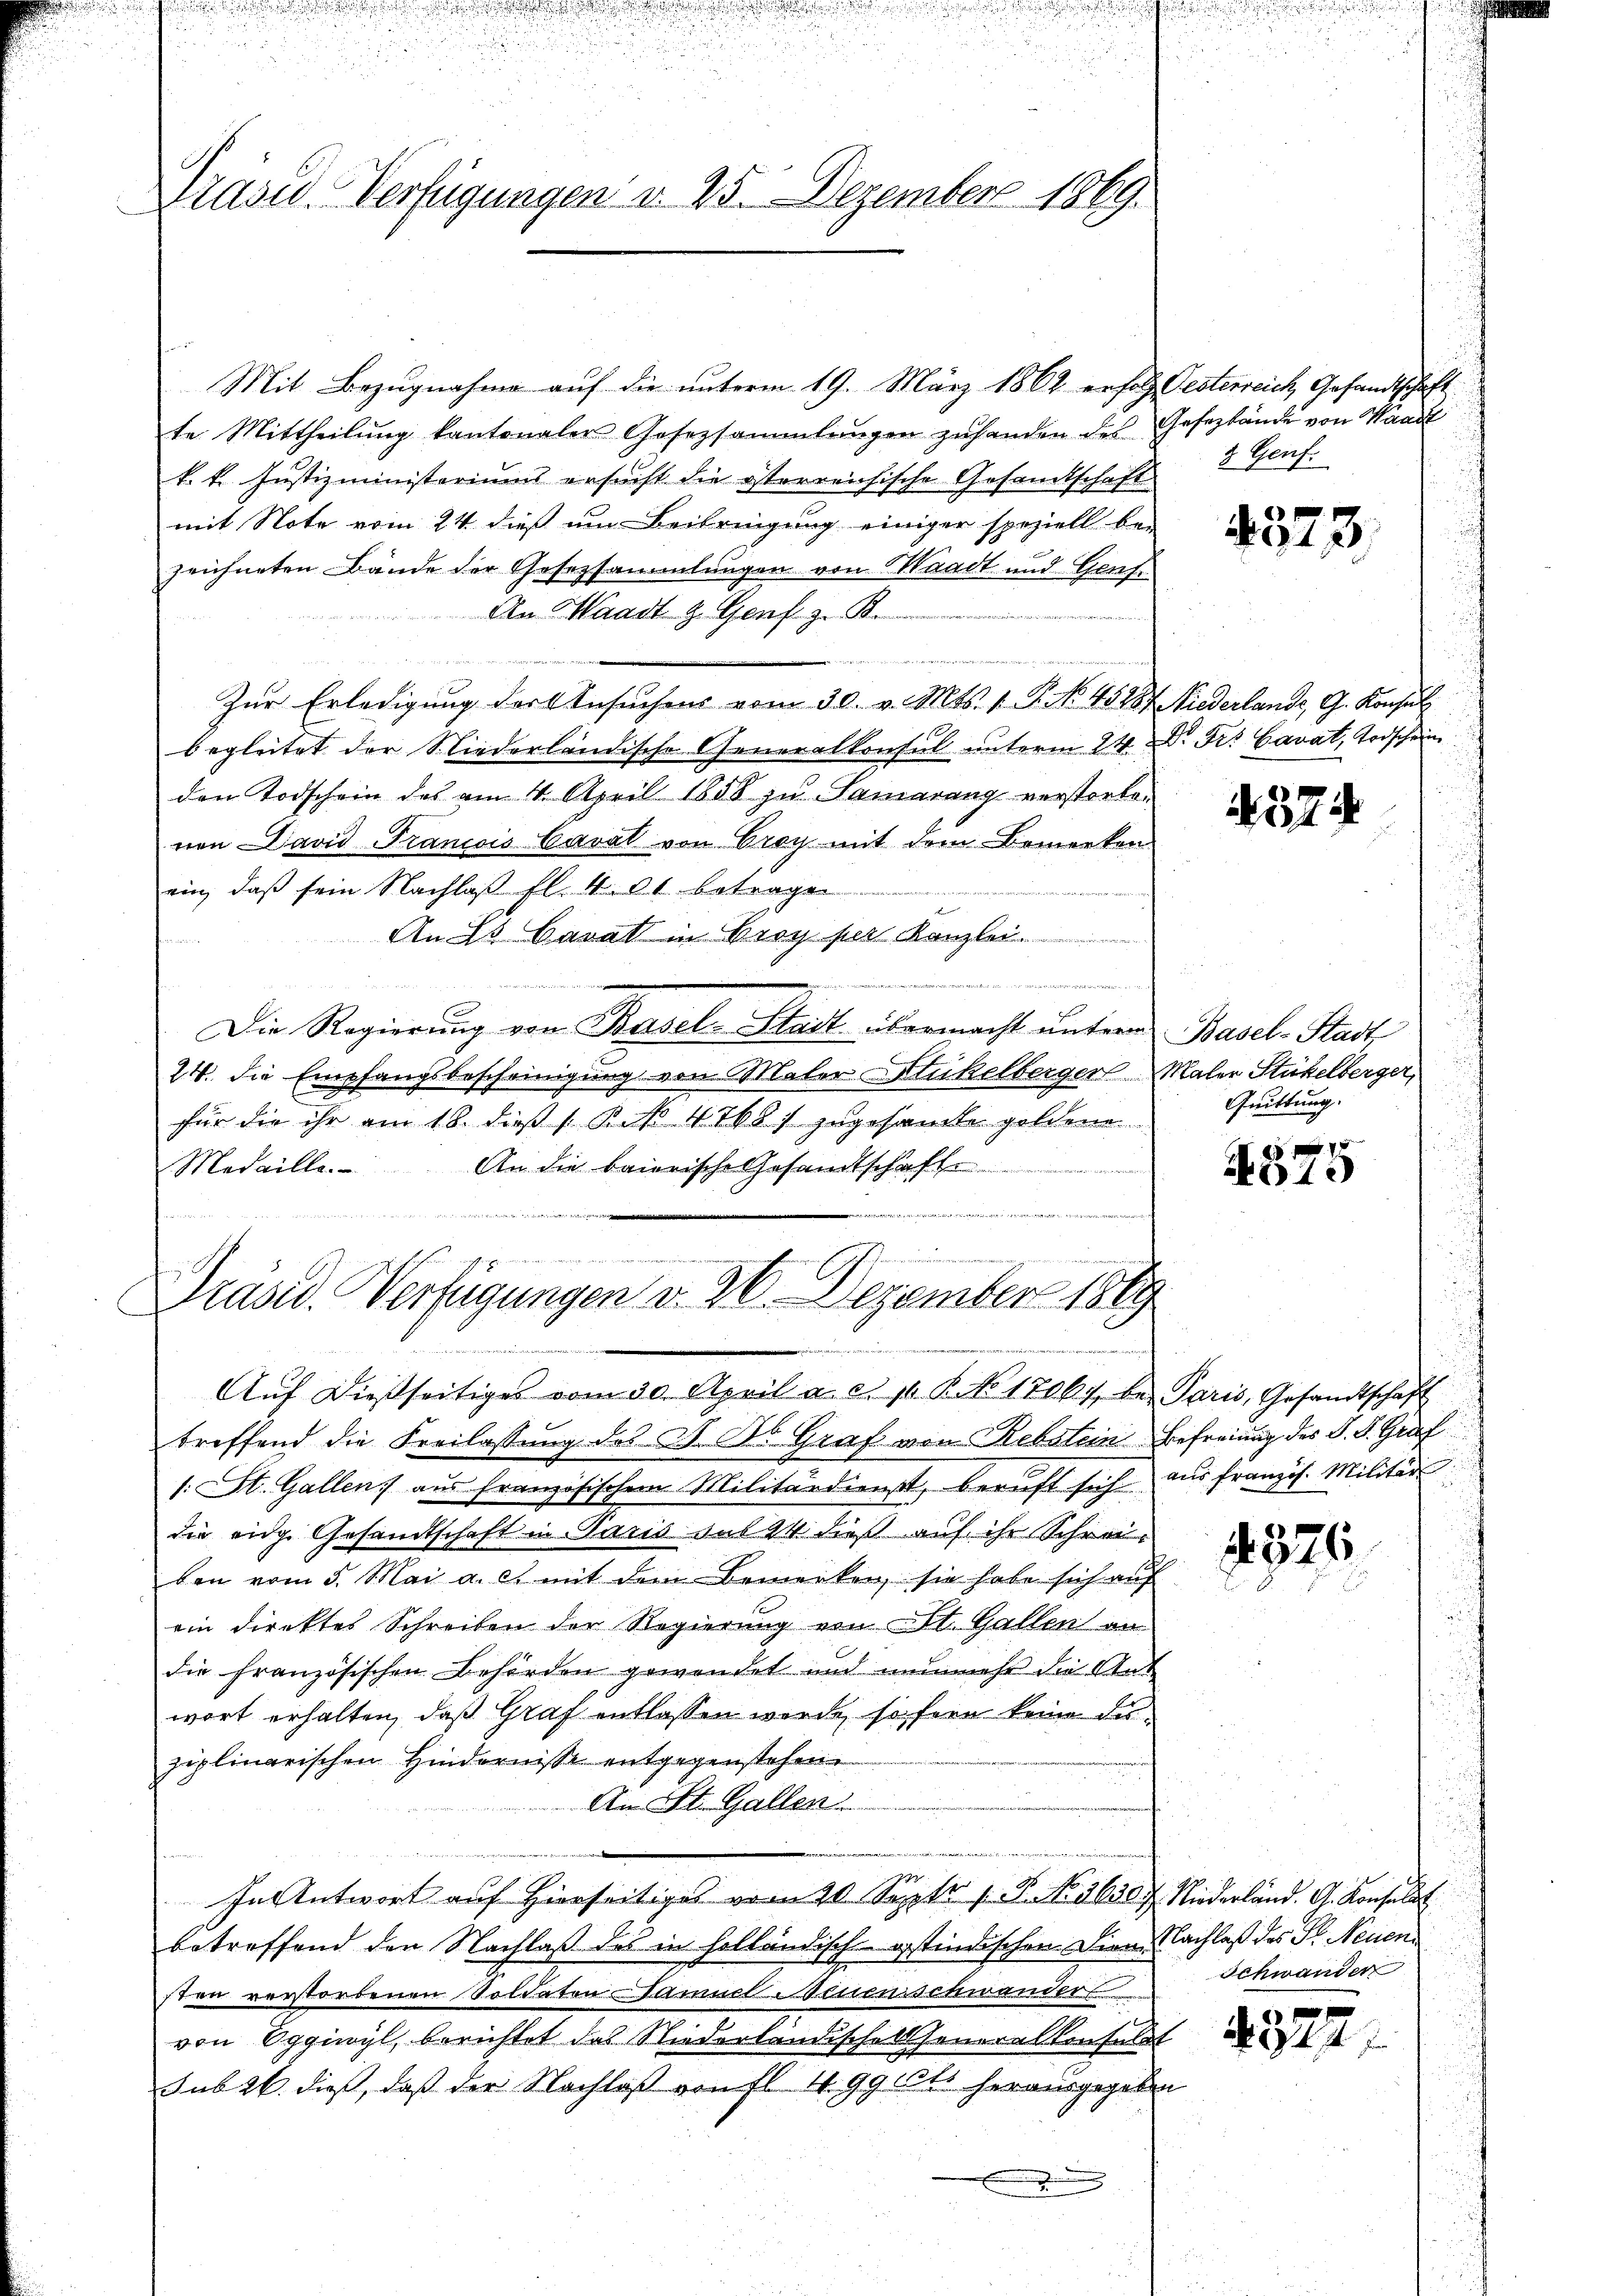
n

u

Präsid. Verfügungen v. 25. Dezember 1869.

Mit Bezugnahme auf die unterm 19. März 1862 erfolg Oesterreich Gesandtschaft
te Mittheilŭng kantonaler Gesetzsammlungen zŭ handen des Gesezbände von Waad
k. k. Justizministeriums ersucht die österreichische Gesandtschaft
mit Note vom 24. dieß um Beibringung einiger speziell bei
zeichneten Bände der Gesetzsammlungen von Waadt und Genfe
An Waadt z. Genf z. B.

Zur Erledigung der Ansuchens vom 30. v. Mts. 1. P. No. 45187. Niederland, G. Konsul
begleitet der Niederländische Generalkonsul unterm 24. Dr. Frs. Cavat, Todschein
den Todschein des am 4. April 1858 zu Samaranz verstorben
nen David Trancois Carat von Croy mit dem Bemerken
ein, daß sein Nachlaß fl. 401 betragen
An  Carat in Broy per Kanzle
 wie in den der und auch der Mutt
Die Regierung von Basel-Stadt übermacht unterm Basel-Stadt
24. die Empfangsbescheinigung von Maler Stickelberger Maler Stickelberger,
für die ihr am 18. dieß 1 R. P. 4768) zugesandte goldene
An die baierische Gesandtschaft
Medaille.
m

Präsid. Verfügungen v. 26. Dezember 1889
d
r

d
u
.
i

Aŭf dießseitiges vom 30. April a. c. 10. R. No 17067 bei Paris, Gesandtschaft
treffend die Freilassung des St. Ab. Graf von Rebstein Befreiung des J. K. Graf
1. St. Gallen aus französischen Militärdienst, beaŭft sich aus französ. Militär
die eidg. Gesandtschaft in Paris sub 24 dieß auf ihr Schreiben vom 5. Mai a. et mit dem Bemerken, sie habe sich auf
ein direktes Schreiben der Regierung von St. Gallen an
die französischen Behörden gewendet und nunmehr die Ant
wort erhalten, daß Graf entlassen werde, so fern keine des
ziplinarischen Hindernisse entgegenstehen.
An St. Gallen.
e
In Antwort auf hierseitiges vom 10. Sept. 1 S. No. 3630 f. Niederland. G. Konsul
betreffend den Nachlaß des in holländisch gestindischen Diene Nachlaß des P. Neuensten verstorbenen Soldaten Samuel Benenschwander
von Oggiwyl, berichtet das Niederländischeheneralkonsulat
sub 26. dieß, daß der Nachlaß von fl. 499 litt herausgegeben

u

& Genf.

§373.

374

Quittung.

575

376.

Schwander

327